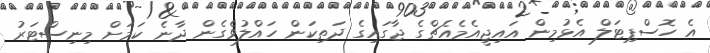
އެ ހޮސްޕިޓަލް އެޅުމިން އައިޖީއެމެއެޗްގެ ޖާގައިގެ ދަތިކަން ހައްލުވެގެން ދާނެ ކަމަށް މިނިސްޓަރު